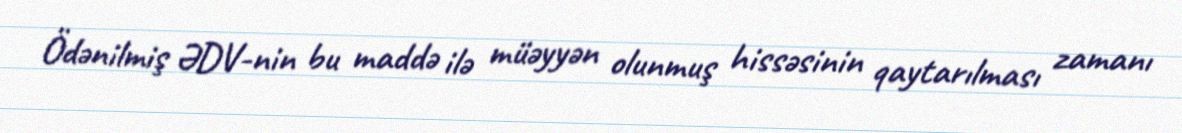
Ödənilmiş ƏDV-nin bu maddə ilə müəyyən olunmuş hissəsinin qaytarılması zamanı